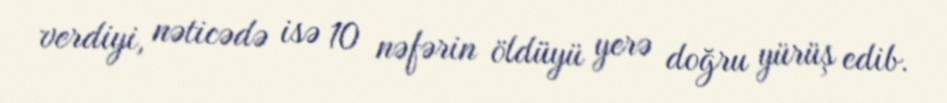
verdiyi, nəticədə isə 10 nəfərin öldüyü yerə doğru yürüş edib.